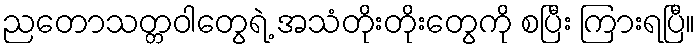
ညတောသတ္တဝါတွေရဲ့ အသံတိုးတိုးတွေကို စပြီး ကြားရပြီ။